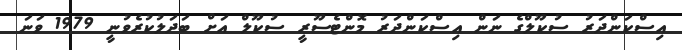
އިސްކަންދަރު ސުކޫލްގެ ނަން އިސްކަންދަރު މޮންޓެސޫރީ ސުކޫލް އަށް ބަދަލުކުރެވުނީ 1979 ވަނަ